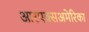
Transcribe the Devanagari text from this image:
आरएक्सअमेरिका